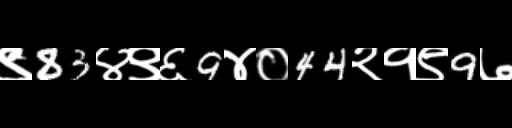
Text: ९83४९६9४०44२१९9७